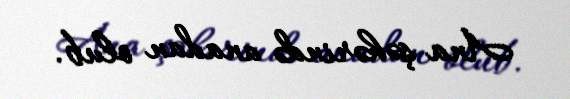
Ana şəhərində anadan olub.